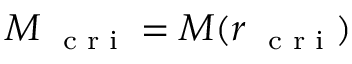
M _ { \mathrm { ~ \scriptsize ~ c ~ r ~ i ~ } } = M ( r _ { \mathrm { ~ \scriptsize ~ c ~ r ~ i ~ } } )